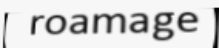
roamage